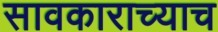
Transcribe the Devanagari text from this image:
सावकाराच्याच